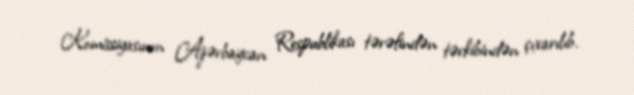
Komissiyasının Azərbaycan Respublikası tərəfindən tərkibindən çıxarılıb.